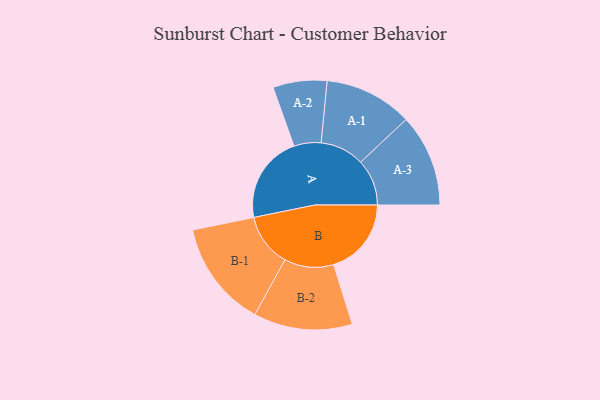
{"axis": {"x": "Segment", "y": "Value"}, "legend": ["", "A", "B"], "data": [{"x": "A", "y": 451, "type": ""}, {"x": "B", "y": 400, "type": ""}, {"x": "A-1", "y": 227, "type": "A"}, {"x": "A-2", "y": 139, "type": "A"}, {"x": "A-3", "y": 238, "type": "A"}, {"x": "B-1", "y": 274, "type": "B"}, {"x": "B-2", "y": 254, "type": "B"}]}